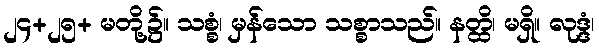
၂၄+၂၅+ မတို့၌။ သစ္စံ၊ မှန်သော သစ္စာသည်။ နတ္ထိ၊ မရှိ။ လုဒ္ဒံ၊